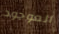
الموجود